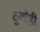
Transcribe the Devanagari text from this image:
टूओही